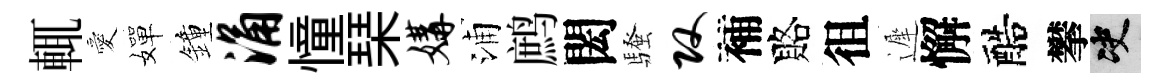
輒愛嬋鐘涌憧琹媾浦鹧閎騷攻補賂徂遲懈醅攀决